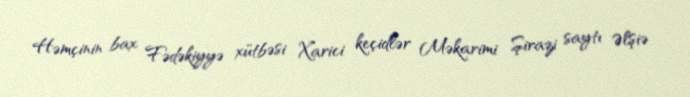
Həmçinin bax Fədəkiyyə xütbəsi Xarici keçidlər Məkarimi Şirazi saytı Əlşiə